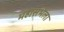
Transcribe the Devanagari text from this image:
महासभेला